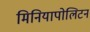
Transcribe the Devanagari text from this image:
मिनियापोलिटन